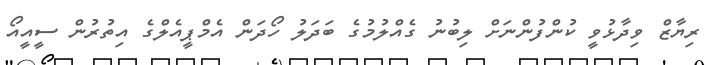
ރިޔާޒް ވިދާޅުވީ ކުންފުންނަށް ލިބުނު ގެއްލުމުގެ ބަދަލު ހޯދަން އެމްޕީއެލްގެ އިތުރުން ސީއީއޯ